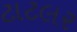
ટાટલર